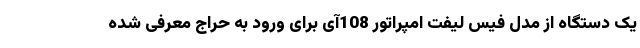
یک دستگاه از مدل فیس لیفت امپراتور 108آی برای ورود به حراج معرفی شده